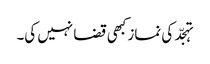
تہجّد کی نماز کبھی قضا نہیں کی۔